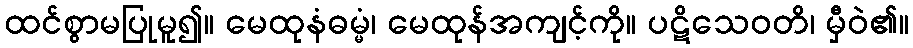
ထင်စွာမပြုမူ၍။ မေထုနံဓမ္မံ၊ မေထုန်အကျင့်ကို။ ပဋိသေဝတိ၊ မှီဝဲ၏။